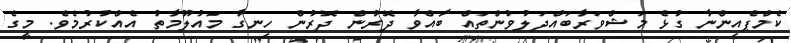
ކެމްޕެއިންނާ ގުޅެ މަޝްވަރާބައްދަލުވުންތައް ބާއްވާ ދޮރުން ދޮރުން ހިނގާ މައުލޫމާތު އެއްކުރުމެވެ. މީގެ